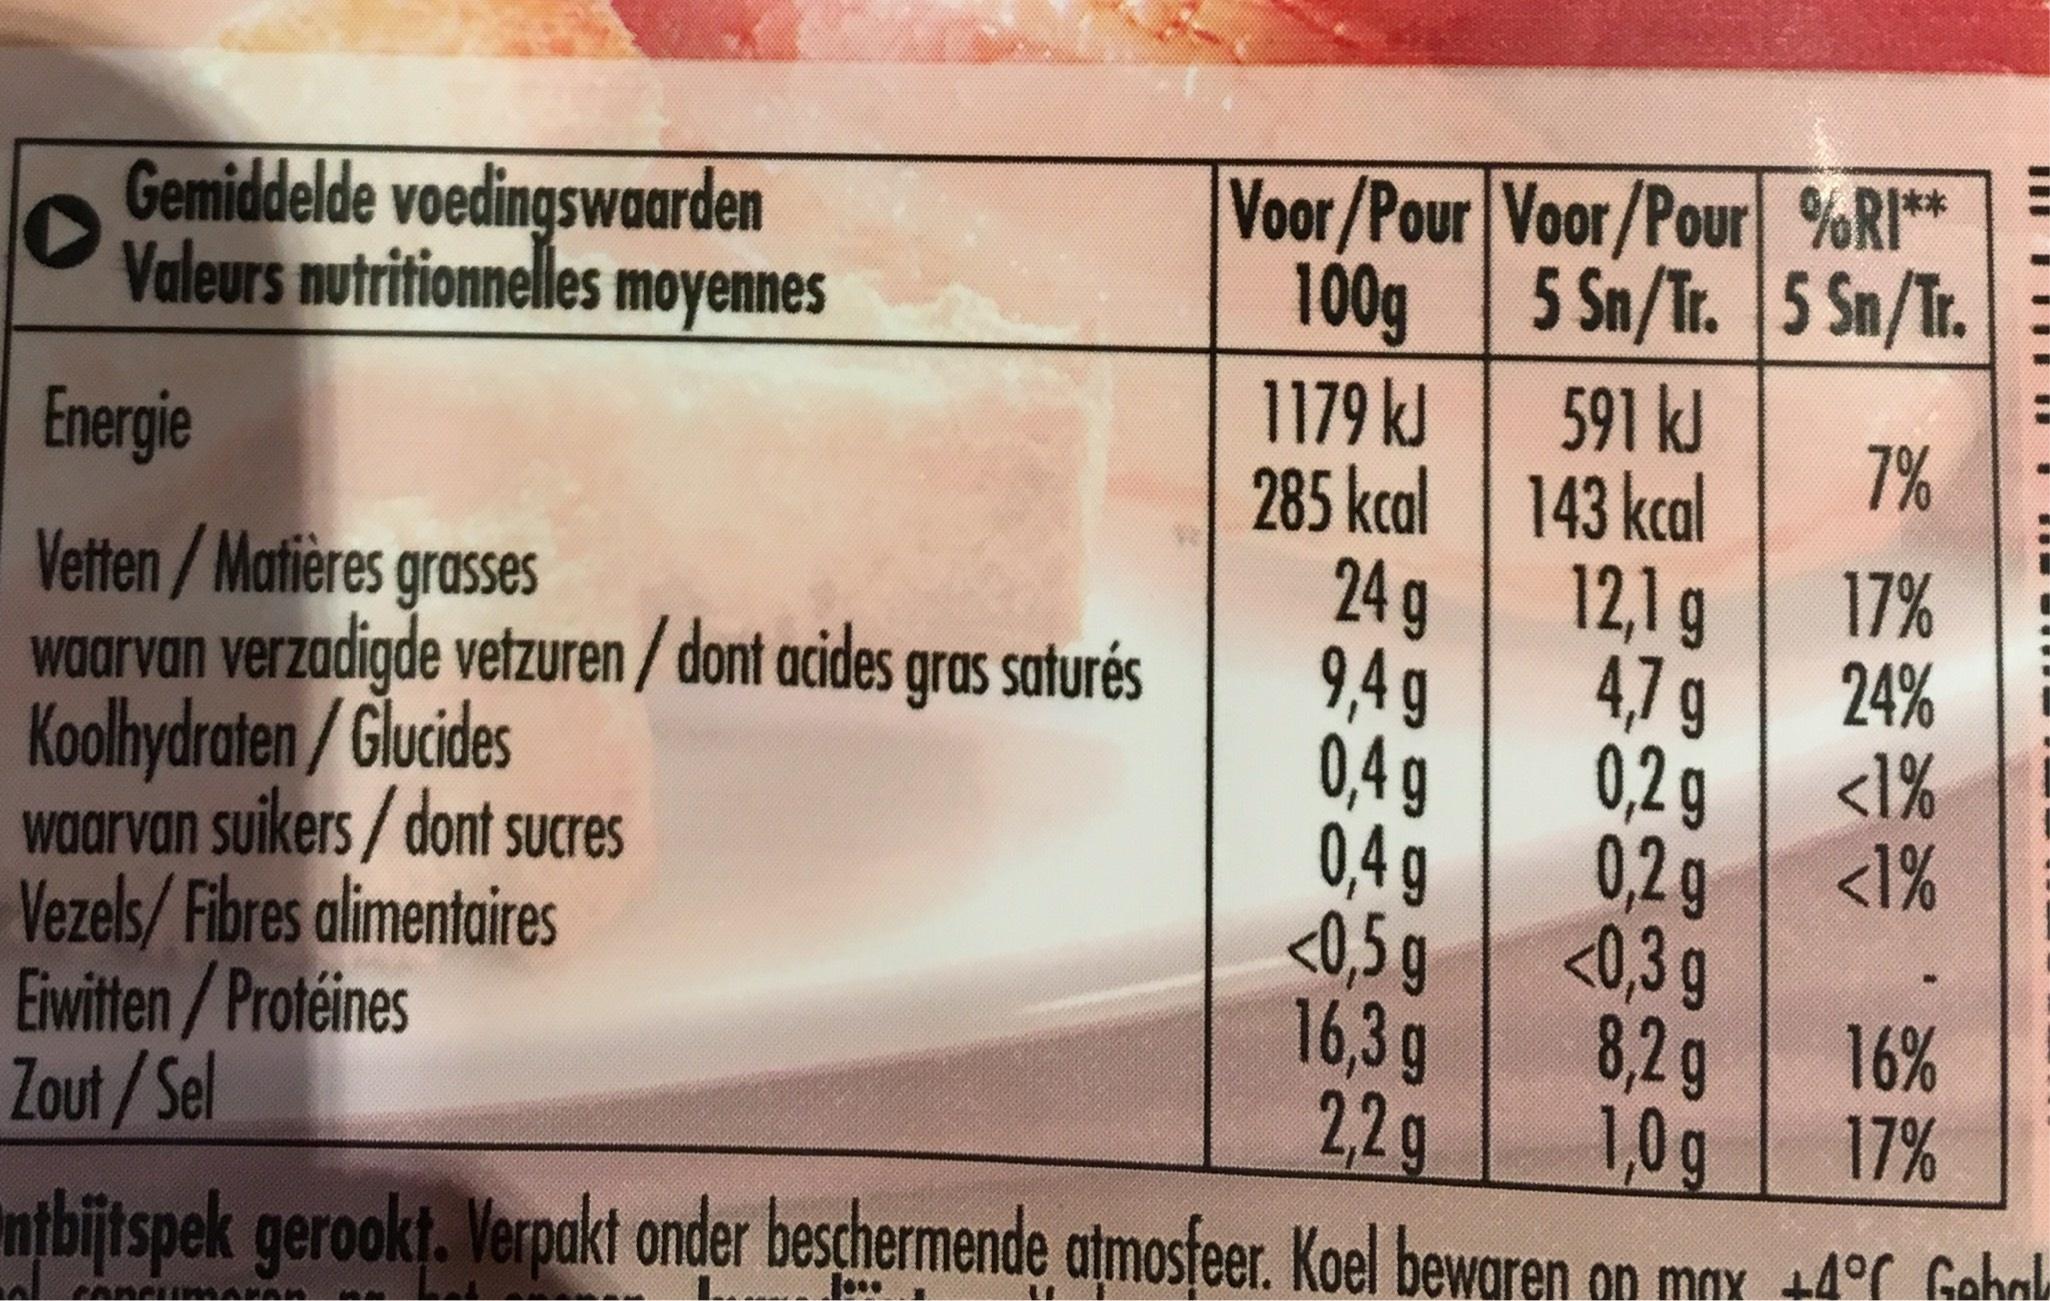
▸
Gemiddelde voedingswaarden Valeurs nutritionnelles moyennes
Energie
Vetten/Matières grasses
waarvan verzadigde vetzuren/dont acides gras saturés Koolhydraten/Glucides
waarvan suikers/dont sucres
Vezels/Fibres alimentaires
Eiwitten/Protéines
Voor/Pour Voor/Pour %RI**
100g
5 Sn/Tr. 5 Sn/Tr.
1179 kJ
285 kcal
24 g
9,4g
0,4 g
0,4 g
<0,5 g
16,3 g
591 kJ
143 kcal
12,1 g
4,7 g
0,2g
0,2 g
<0,3 g
7%
17%
24%
<1%
<1%
8,2 g
2,2 g
1,0g
Zout/Sel
ntbijtspek gerookt. Verpakt onder beschermende atmosfeer. Koel bewaren on max +4°C Gehak
16%
17%